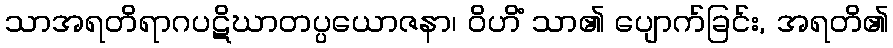
သာအရတိရာဂပဋိဃာတပ္ပယောဇနာ၊ ဝိဟိံ သာ၏ ပျောက်ခြင်း, အရတိ၏